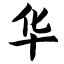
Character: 华